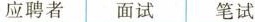
应聘者面试笔试